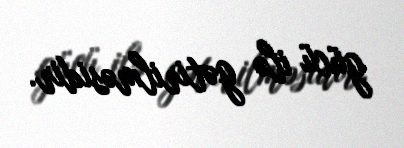
gücü ilə gətirilməsidir.